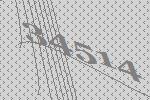
34514